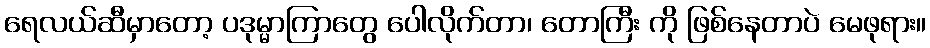
ရေလယ်ဆီမှာတော့ ပဒုမ္မာကြာတွေ ပေါလိုက်တာ၊ တောကြီး ကို ဖြစ်နေတာပဲ မေဖုရား။